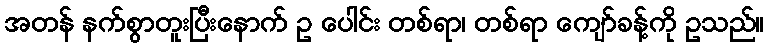
အတန် နက်စွာတူးပြီးနောက် ဥ ပေါင်း တစ်ရာ၊ တစ်ရာ ကျော်ခန့်ကို ဥသည်။